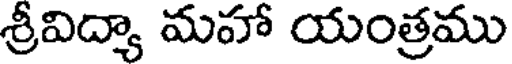
శ్రీవిద్యా మహా యంత్రము